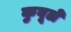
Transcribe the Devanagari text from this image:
कुबूले